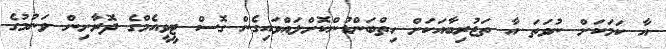
އާ ކަމަކަށް ނުވަތަ އާ ތަޖުރިބާއަކަށް ހިތްބަންޑުންކޮށްލައްވައިގެން ގޮސް ޓީވީއެމްގެ ދޮރާށިން ވަނުމުގެ